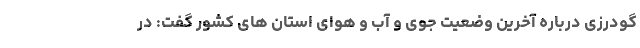
گودرزی درباره آخرین وضعیت جوی و آب و هوای استان های کشور گفت: در